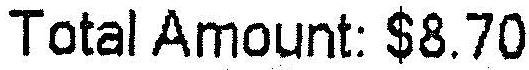
TOTAL AMOUNT: $8.70